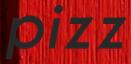
pizz